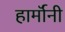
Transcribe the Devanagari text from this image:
हार्मॉनी